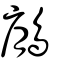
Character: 鵳